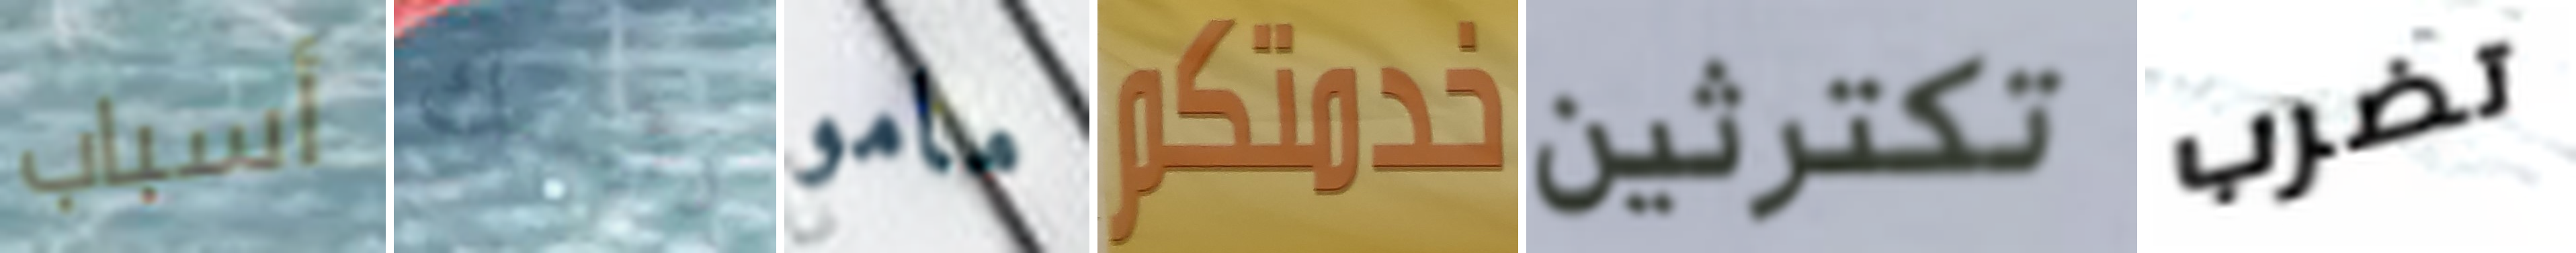
أسباب رئيسك مامو خدمتكم تكترثين تضرب